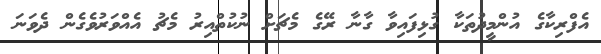
އެފްރިކާގެ އުންމީދުތަކާ ގުޅިފައިވާ ގާނާ ރޭގެ މެޗަށް ނުކުތްއިރު މެޗު އެއްވަރުވެގެން ދެވަނަ